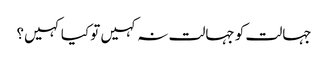
جہالت کو جہالت نہ کہیں تو کیا کہیں؟